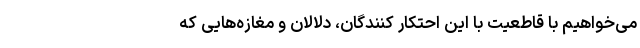
می‌خواهیم با قاطعیت با این احتکار کنندگان، دلالان و مغازه‌هایی که